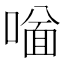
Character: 𠼟